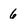
Character: 6